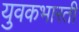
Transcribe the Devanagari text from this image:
युवकभारती